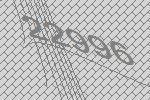
22996